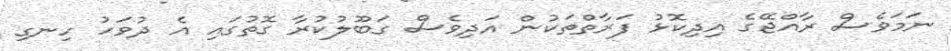
ނަމަވެސް ރާއްޖޭގެ އިދިކޮޅު ފަރާތްތަކުން އަދިވެސް ގަބޫލުކުރާ ގޮތުގައި އެ ދުވަހު ހިނގި